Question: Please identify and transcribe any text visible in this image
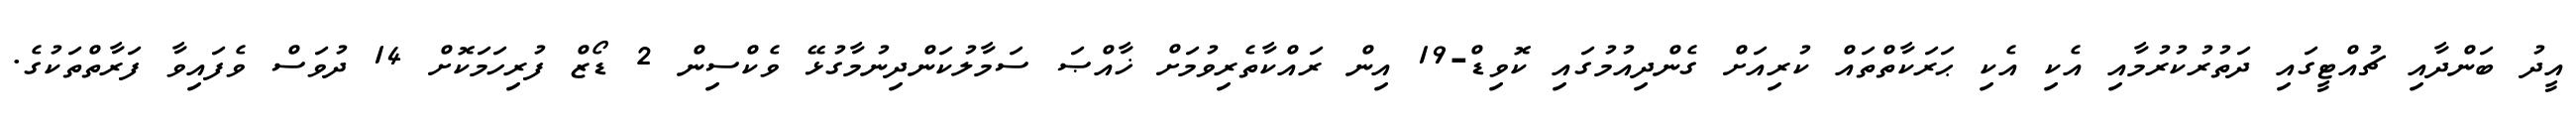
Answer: އީދު ބަންދާއި ޗުއްޓީގައި ދަތުރުކުރުމާއި އެކި އެކި ޙަރަކާތްތައް ކުރިއަށް ގެންދިއުމުގައި ކޮވިޑް-19 އިން ރައްކާތެރިވުމަށް ޚާއްޞަ ސަމާލުކަންދިނުމާގުޅޭ ވެކްސިން 2 ޑޯޒް ފުރިހަމަކޮށް 14 ދުވަސް ވެފައިވާ ފަރާތްތަކުގެ.